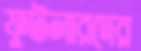
ফুটলারদের